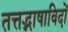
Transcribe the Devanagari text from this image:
तत्तद्भाषाविदों